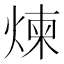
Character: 煉